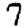
Digit: 7